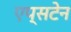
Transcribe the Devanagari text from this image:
एप्सटेन